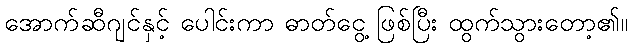
အောက်ဆီဂျင်နှင့် ပေါင်းကာ ဓာတ်ငွေ့ ဖြစ်ပြီး ထွက်သွားတော့၏။